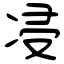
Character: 㓎